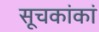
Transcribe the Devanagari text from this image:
सूचकांकां